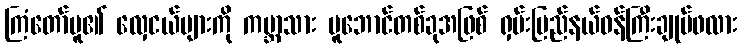
ကြံတော်မူ၏ လှေငယ်များကို ကမ္ဘာသား မူဘောင်တစ်ခုအဖြစ် ရှမ်းပြည်နယ်ဝန်ကြီးချုပ်ဖလား